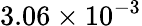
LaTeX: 3.06\times 10^{-3}